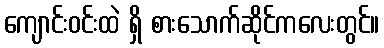
ကျောင်းဝင်းထဲ ရှိ စားသောက်ဆိုင်ကလေးတွင်။